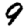
Digit: 9